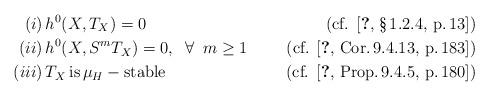
LaTeX: \begin{align*}(i) & \, h^0(X, T_X) = 0 & \mbox{(cf. \cite[\S\,1.2.4, p.\,13]{Hu})}\\ (ii) & \,h^0(X, S^mT_X) =0, \;\; \forall \;\; m \geq 1 & \mbox{(cf. \cite[Cor.\,9.4.13, p.\,183]{Hu})}\\(iii) &\, T_X \, \mbox{is} \, \mu_H-\mbox{stable} & \mbox{(cf. \cite[Prop.\,9.4.5, p.\,180]{Hu})} \end{align*}